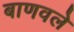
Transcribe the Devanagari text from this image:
बाणवले